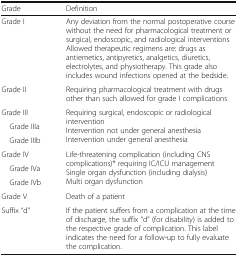
| Grade | Definition |
 | --- | --- |
 | Grade I | Any deviation from the normal postoperative course without the need for pharmacological treatment or surgical, endoscopic, and radiological interventionsAllowed therapeutic regimens are: drugs as antiemetics, antipyretics, analgetics, diuretics, electrolytes, and physiotherapy. This grade also includes wound infections opened at the bedside. |
 | Grade II | Requiring pharmacological treatment with drugs other than such allowed for grade I complications |
 | Grade III | <ROWSPAN=3> Requiring surgical, endoscopic or radiological interventionIntervention not under general anesthesiaIntervention under general anesthesia |
 | Grade IIIa |
 | Grade IIIb |
 | Grade IV | <ROWSPAN=3> Life-threatening complication (including CNS complications)* requiring IC/ICU managementSingle organ dysfunction (including dialysis)Multi organ dysfunction |
 | Grade IVa |
 | Grade IVb |
 | Grade V | Death of a patient |
 | Suffix “d” | If the patient suffers from a complication at the time of discharge, the suffix “d” (for disability) is added to the respective grade of complication. This label indicates the need for a follow-up to fully evaluate the complication. |